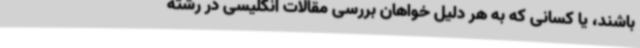
باشند، یا کسانی که به هر دلیل خواهان بررسی مقالات انگلیسی در رشته